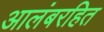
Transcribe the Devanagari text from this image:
आलंबरहित